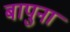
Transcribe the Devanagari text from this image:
बापुना